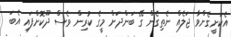
އެކަށީގެންވާ ޖަލެއް ނެތިގެން ގޭ ބަންދަށް މީގެ ކުރިން ވެސް ދޫކޮށްފައި އެބަ